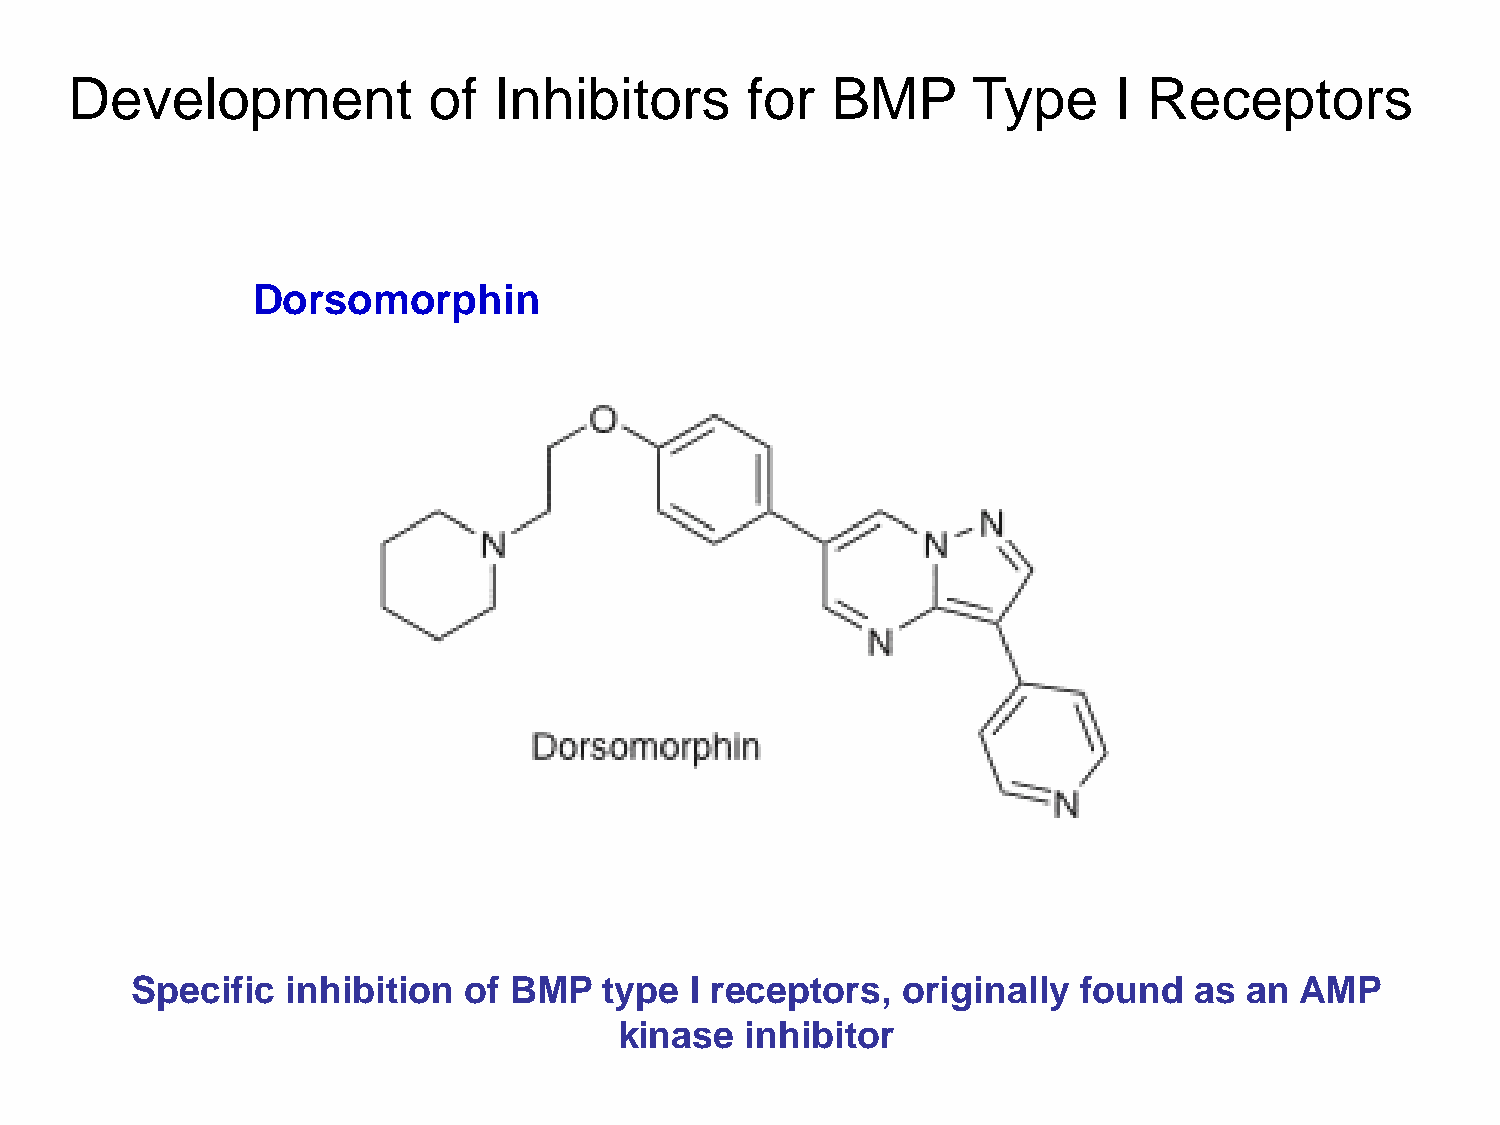
Development            of   Inhibitors      for   BMP      Type      I Receptors
 Dorsomorphin
 Specific  inhibition  of BMP   type  I receptors,  originally found   as  an AMP
 kinase  inhibitor